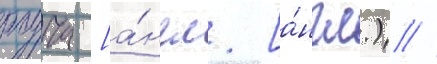
роуча [а́нгл. [а́нгл.) //